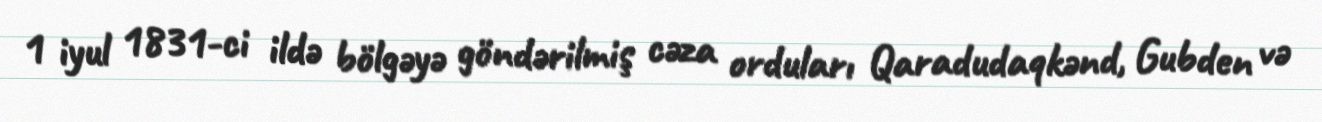
1 iyul 1831-ci ildə bölgəyə göndərilmiş cəza orduları Qaradudaqkənd, Gubden və